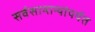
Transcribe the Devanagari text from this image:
सर्वसामान्यांपर्यत